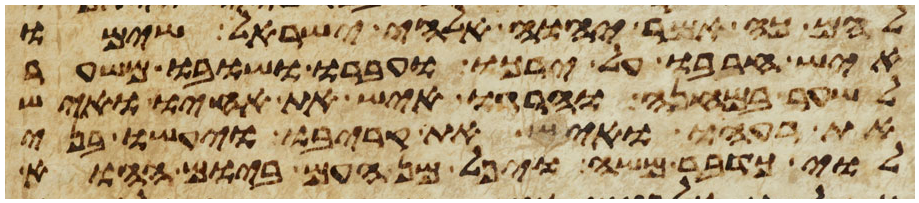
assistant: להם כה אמר יהוה אלהי ישראל שימו
איש חרבו על ירכו ועברו ושובו משער
לשער במחנה והרגו איש את אחיו ואיש
את רעהו ואיש את קריבו ויעשו בני
לוי כדבר משה ויפל מן העם ביום ההוא